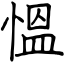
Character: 慍